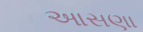
આસણા